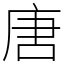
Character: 唐